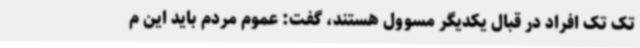
تک تک افراد در قبال یکدیگر مسوول هستند، گفت: عموم مردم باید این م